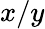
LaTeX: x/y